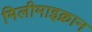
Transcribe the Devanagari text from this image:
मिलीमाइक्रान